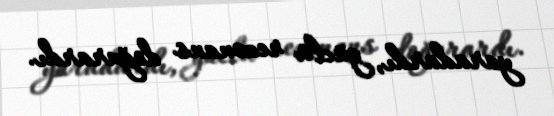
yaradardı, güclü rezonans doğurardı.